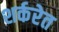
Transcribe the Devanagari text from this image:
शर्करेत